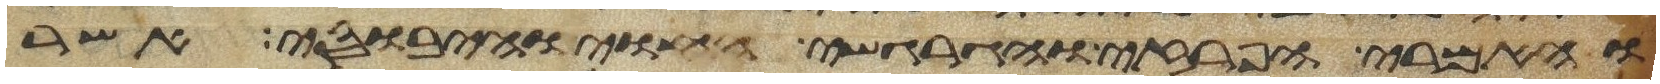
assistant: והאמרי והפרזי והגרגשי והחוי והיבוסי אשר